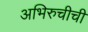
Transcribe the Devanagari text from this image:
अभिरुचीची